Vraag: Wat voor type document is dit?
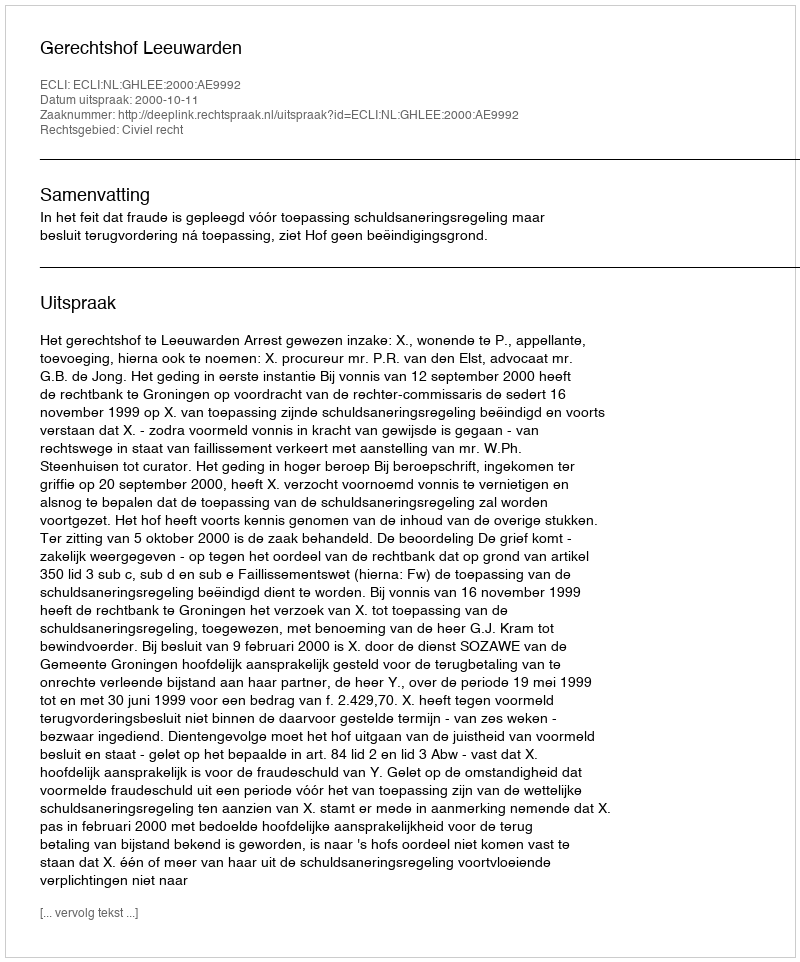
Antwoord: Uitspraak